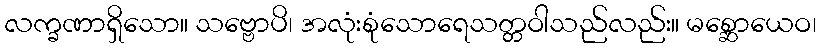
လက္ခဏာရှိသော။ သဗ္ဗောပိ၊ အလုံးစုံသောရေသတ္တဝါသည်လည်း။ မစ္ဆောယေဝ၊